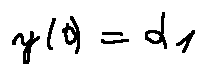
y ( 0 ) = \alpha _ { 1 }